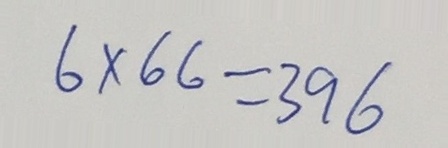
6 \times 6 6 = 3 9 6